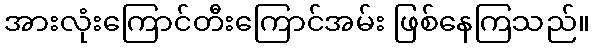
အားလုံးကြောင်တီးကြောင်အမ်း ဖြစ်နေကြသည်။